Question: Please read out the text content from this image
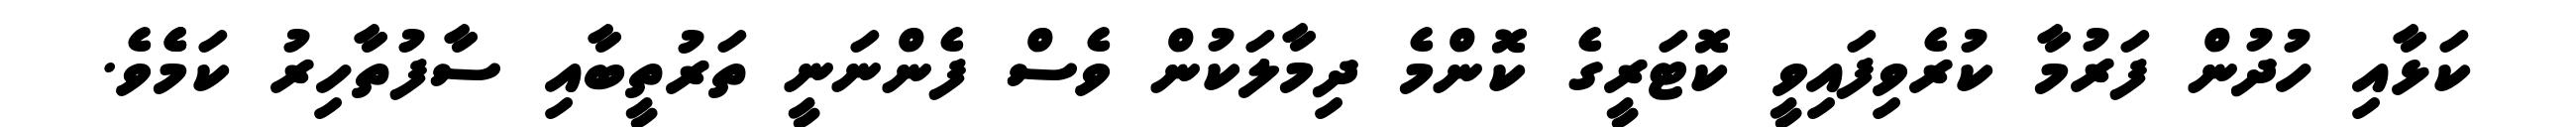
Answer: ކަޅާއި ހުދުން ފަރުމާ ކުރެވިފައިވީ ކޮޓަރީގެ ކޮންމެ ދިމާލަކުން ވެސް ފެންނަނީ ތަރުތީބާއި ސާފުތާހިރު ކަމެެވެ.